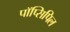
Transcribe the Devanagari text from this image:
पॉप्सिपिल